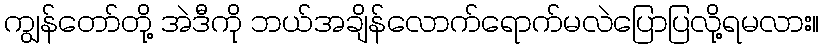
ကျွန်တော်တို့ အဲဒီကို ဘယ်အချိန်လောက်ရောက်မလဲပြောပြလို့ရမလား။